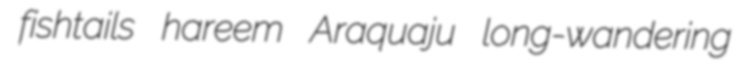
fishtails hareem Araquaju long-wandering